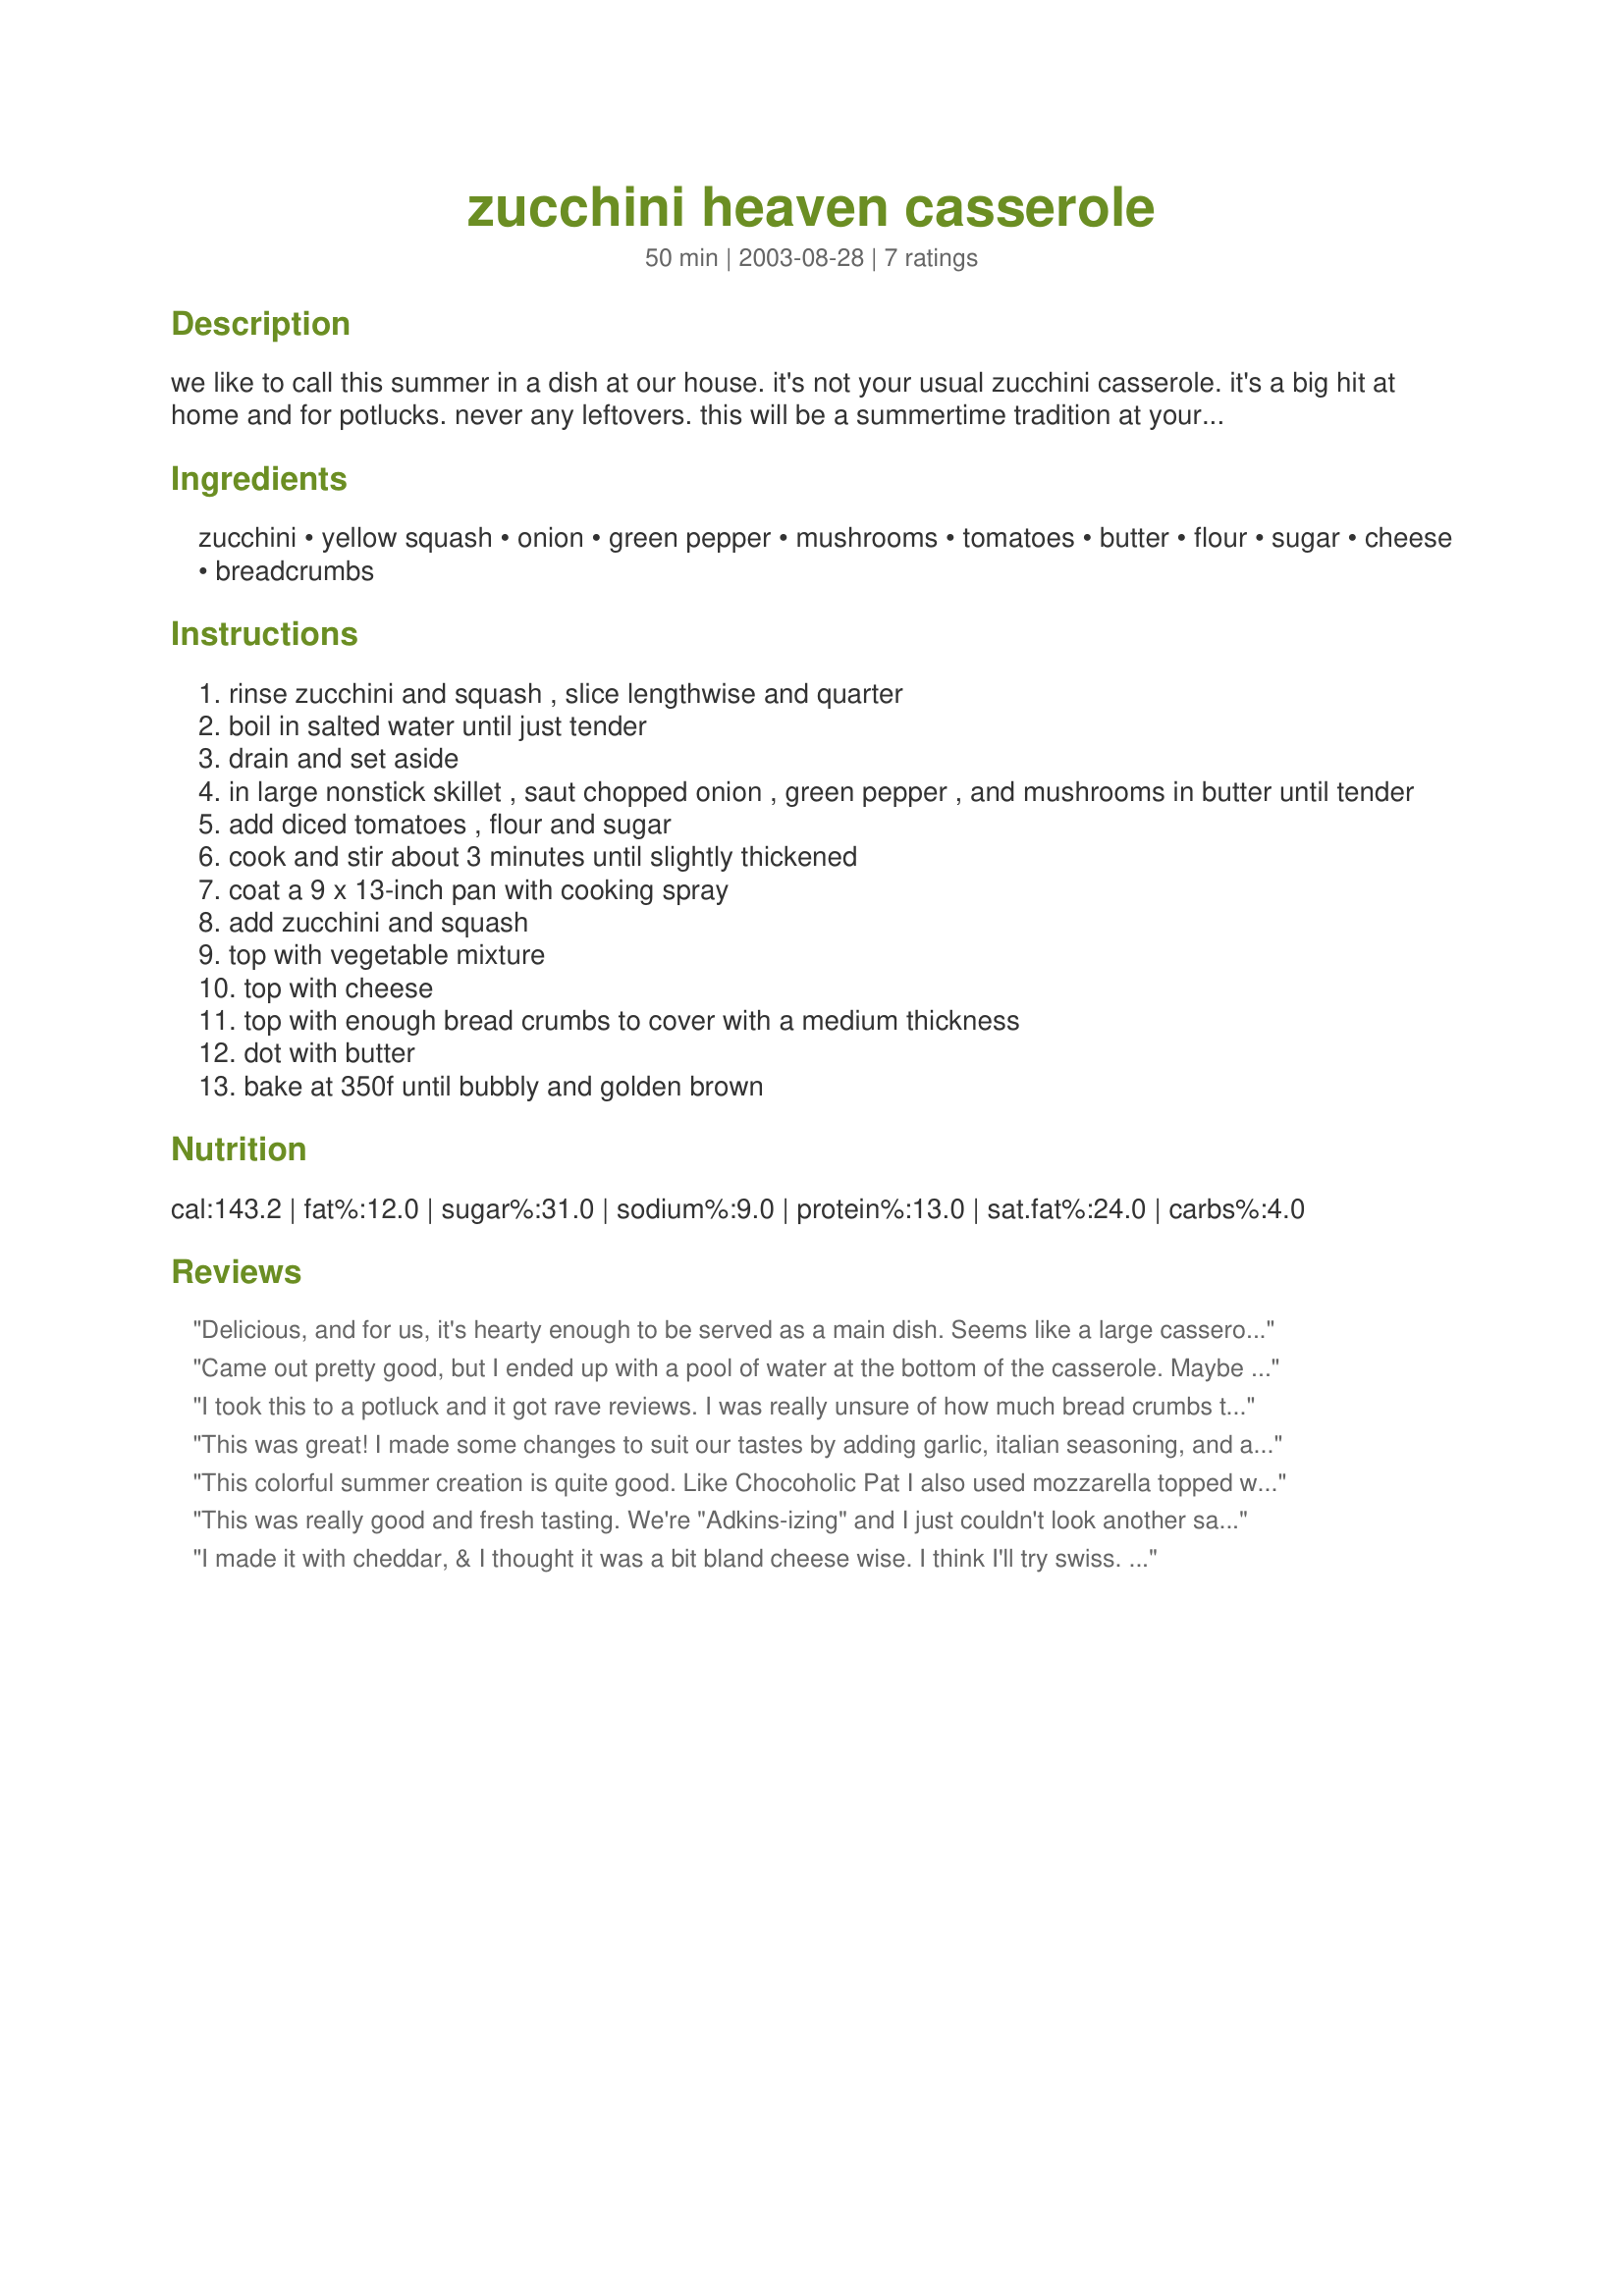
zucchini heaven casserole
Preparation time: 50 minutes

we like to call this summer in a dish at our house. it's not your usual zucchini casserole. it's a big hit at home and for potlucks. never any leftovers. this will be a summertime tradition at your house also. once you try it you're hooked!

Ingredients:
zucchini, yellow squash, onion, green pepper, mushrooms, tomatoes, butter, flour, sugar, cheese, breadcrumbs

Steps:
rinse zucchini and squash , slice lengthwise and quarter
boil in salted water until just tender
drain and set aside
in large nonstick skillet , saut chopped onion , green pepper , and mushrooms in butter until tender
add diced tomatoes , flour and sugar
cook and stir about 3 minutes until slightly thickened
coat a 9 x 13-inch pan with cooking spray
add zucchini and squash
top with vegetable mixture
top with cheese
top with enough bread crumbs to cover with a medium thickness
dot with butter
bake at 350f until bubbly and golden brown

Reviews:
Delicious, and for us, it's hearty enough to be served as a main dish. Seems like a large casserole, but it went fast around here. The recipe allowed us to use several things from our garden, including two items I added to the recipe: plenty of chopped fresh basil & 3 finely chopped Goliath Grillers (mild hot peppers). For the cheese, I used a combo of grated Mozzarella & Parmigiano-Regianno. I plan to repeat this recipe. Thanks for a great summer garden recipe, Monica.
Came out pretty good, but I ended up with a pool of water at the bottom of the casserole. Maybe I boiled it too long.
I took this to a potluck and it got rave reviews. I was really unsure of how much bread crumbs to use, so I used about 3/4 of the container of Progresso Italian style bread crumbs for 1.5 recipes. I might try it with a little less next time, but we really like the added flavor from the Italian style crumbs. Also, I only used about 2 teaspoons sugar for my large batch and it was plenty. Fabulous recipe! Thanks for posting.
This was great! I made some changes to suit our tastes by adding garlic, italian seasoning, and a jalepeno pepper, and did not use mushrooms, also only 1 TBS of sugar was used, and I let the cooked zucchini drain in the colander for at least 30 minutes, so it wouldn't be watery. Everybody loved it. Thank you for the recipe!
This colorful summer creation is quite good. Like Chocoholic Pat I also used mozzarella topped with parmesan. I added salt, fresh rosemary, oregano and basil for added flavor and turkey kielbasa to make a complete meal that would satisfy Dh. I think to avoid watery squash, just let it drain in a collander for as long as possible after cooking it or at least while you prepare the rest of the ingredients.
This was really good and fresh tasting. We're "Adkins-izing" and I just couldn't look another salad in the face! Not completely carb-free but this was a nice alternative. I made it without the breadcrumb layer to help cut the carbs. Easy to make and tasty! Try it!
I made it with cheddar, & I thought it was a bit bland cheese wise. I think I'll try swiss. DH said I overcooked the onions & mushrooms. I'll leave them more al dente next time.

Consistency was good and since DH is on coumidin & can't have leafy greens, it's a good veggie alternative.
